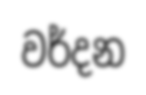
වර්දන